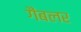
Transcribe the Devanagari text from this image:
गैंबलर